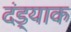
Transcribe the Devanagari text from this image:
दंड्याक